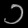
Digit: ၁